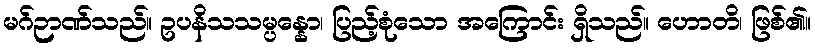
မဂ်ဉာဏ်သည်။ ဥပနိသသမ္ပန္နော၊ ပြည့်စုံသော အကြောင်း ရှိသည်။ ဟောတိ၊ ဖြစ်၏။